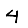
Digit: 4